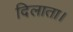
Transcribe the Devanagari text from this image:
दिलाता।